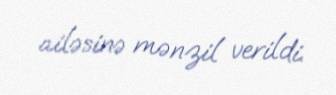
ailəsinə mənzil verildi.